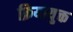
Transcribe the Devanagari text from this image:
क्रियायुक्त